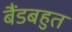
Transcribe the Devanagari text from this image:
बैंडबहुत